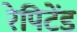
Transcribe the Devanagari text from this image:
रेपिटेंड